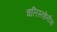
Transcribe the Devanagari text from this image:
चलिस्तहेनीस